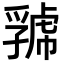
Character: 𧇧